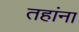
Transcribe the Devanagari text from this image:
तहांना